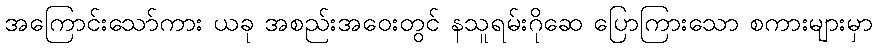
အကြောင်းသော်ကား ယခု အစည်းအဝေးတွင် နသူရမ်းဂိုဆေ ပြောကြားသော စကားများမှာ